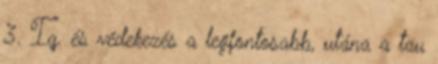
3. Iq. és védekezés a legfontosabb, utána a tau